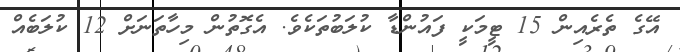
އޭގެ ތެރެއިން 15 ޓީމަކީ ފައުންޑާ ކުލަބުތަކެވެ. އެގޮތުން މިހާތަނަށް 12 ކުލަބެއް